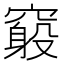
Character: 𥨃